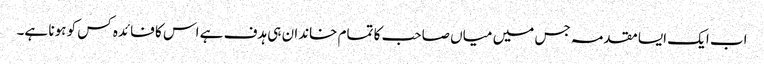
اب ایک ایسا مقدمہ جس میں میاں صاحب کا تمام خاندان ہی ہدف ہے اس کا فائدہ کس کو ہونا ہے۔